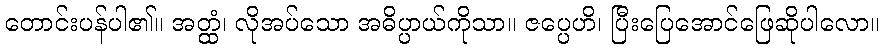
တောင်းပန်ပါ၏။ အတ္ထံ၊ လိုအပ်သော အဓိပ္ပာယ်ကိုသာ။ ဇပ္ပေဟိ၊ ပြီးပြေအောင်ဖြေဆိုပါလော။